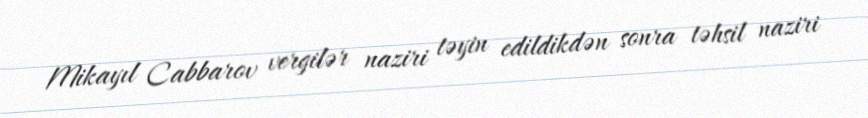
Mikayıl Cabbarov vergilər naziri təyin edildikdən sonra təhsil naziri